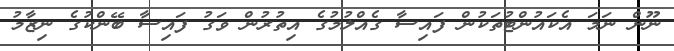
ނޫން ނަމަ އެކައުންޓުތަކުން ފައިސާ ގެއްލުމުގެ އިތުރުން ވަގު ފައިސާ ބޭންކުގެ ނިޒާމު